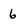
Character: 6